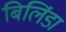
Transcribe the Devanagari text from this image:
बिलिंडा